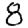
Digit: 8